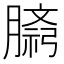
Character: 𫆷